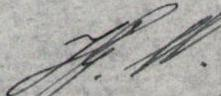
Hj.W.YLE_pääjohtajien_kirjeenvaihto_1966_15_14_0.jpg	E. V.